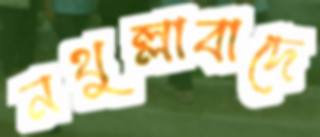
নথুল্লাবাদে